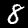
Label: 8